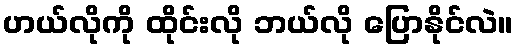
ဟယ်လိုကို ထိုင်းလို ဘယ်လို ပြောနိုင်လဲ။